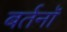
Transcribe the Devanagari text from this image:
बर्तनॉ